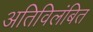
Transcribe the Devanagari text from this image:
अतिविलंबित